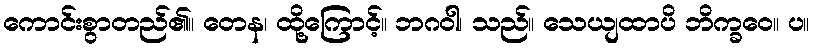
ကောင်းစွာတည်၏။ တေန၊ ထို့ကြောင့်။ ဘဂဝါ၊ သည်။ သေယျထာပိ ဘိက္ခဝေ။ ပ။